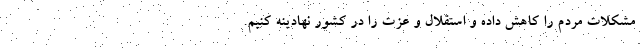
مشکلات مردم را کاهش داده و استقلال و عزت را در کشور نهادینه کنیم.